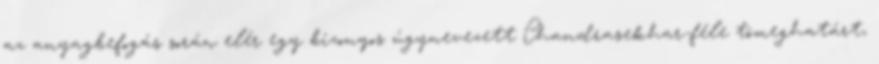
az anyagbefogás során elér egy bizonyos úgynevezett Chandrasekhar-féle tömeghatárt,